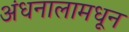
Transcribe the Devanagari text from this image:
अंधनालामधून